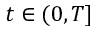
t \in ( 0 , T ]